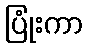
ပြုံးကာ